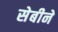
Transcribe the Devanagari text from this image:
सेबीने